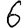
Digit: 6